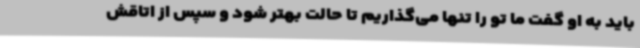
باید به او گفت ما تو را تنها می‌گذاریم تا حالت بهتر شود و سپس از اتاقش